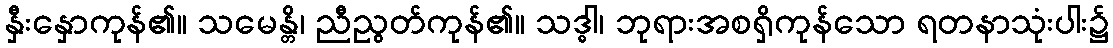
နှီးနှောကုန်၏။ သမေန္တိ၊ ညီညွတ်ကုန်၏။ သဒ္ဓါ၊ ဘုရားအစရှိကုန်သော ရတနာသုံးပါး၌